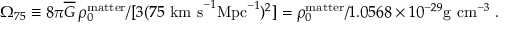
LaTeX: \Omega _ { 7 5 } \equiv 8 \pi \overline { { { G } } } \, \rho _ { 0 } ^ { \mathrm { m a t t e r } } / [ 3 ( 7 5 \ \mathrm { k m ~ s } ^ { - 1 } \mathrm { M p c } ^ { - 1 } ) ^ { 2 } ] = \rho _ { 0 } ^ { \mathrm { m a t t e r } } / 1 . 0 5 6 8 \times 1 0 ^ { - 2 9 } \mathrm { g ~ c m } ^ { - 3 } \ .